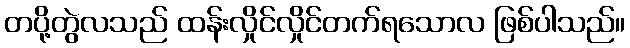
တပို့တွဲလသည် ထန်းလှိုင်လှိုင်တက်ရသောလ ဖြစ်ပါသည်။